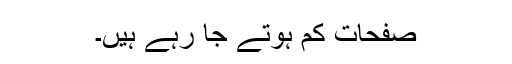
صفحات کم ہوتے جا رہے ہیں۔